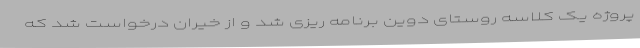
پروژه یک کلاسه روستای دوین برنامه ریزی شد و از خیران درخواست شد که